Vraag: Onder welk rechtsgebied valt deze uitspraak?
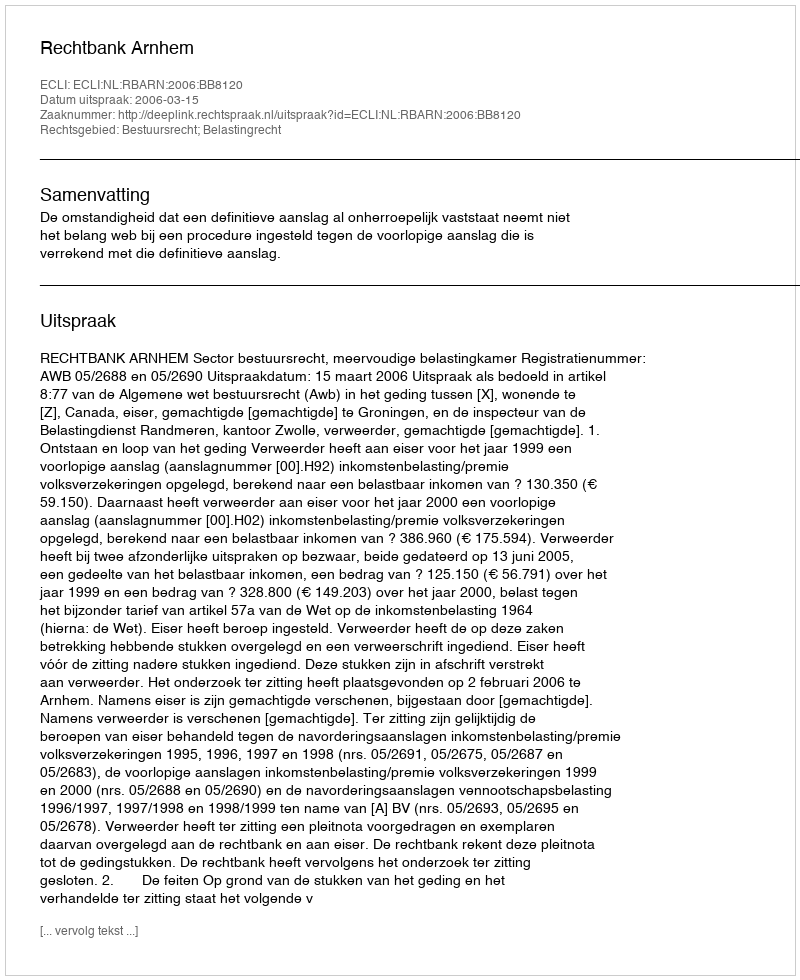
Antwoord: Bestuursrecht; Belastingrecht